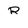
Character: R